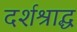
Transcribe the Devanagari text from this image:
दर्शश्राद्ध